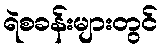
ရဲစခန်းများတွင်